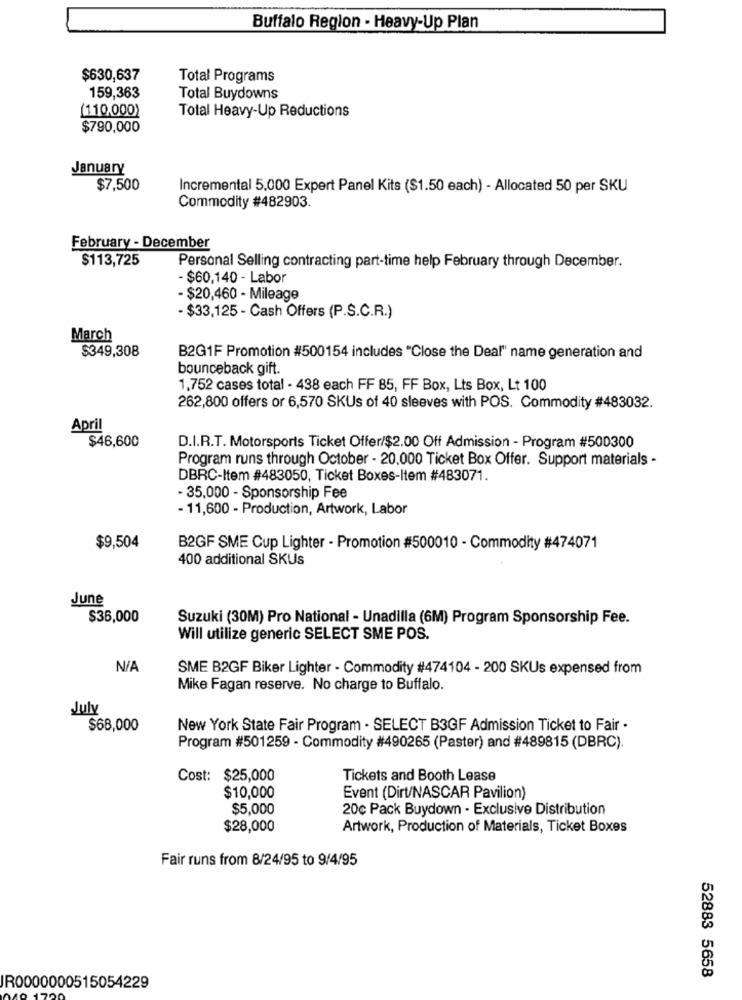
Buffalo Region - Heavy-Up Plan
$630,637
Total Programs
159,363
Total Buydowns
(110,000)
Total Heavy-Up Reductions
$790,000
January
$7,500
Incremental 5,000 Expert Panel Kits ($1.50 each) - Allocated 50 per SKU
Commodity #482903.
February - December
$113,725
Personal Selling contracting part-time help February through December.
- $60,140 - Labor
- $20,460 - Mileage
- $33,125 - Cash Offers (P.S.C.R.)
March
$349,308
B2G1F Promotion #500154 includes "Close the Deal" name generation and
bounceback gift.
1,752 cases total - 438 each FF 85, FF Box, Lts Box, Lt 100
262,800 offers or 6,570 SKUs of 40 sleeves with POS. Commodity #483032.
April
$46,600
D.I.R.T. Motorsports Ticket Offer/$2.00 Off Admission - Program #500300
Program runs through October - 20,000 Ticket Box Offer. Support materials -
DBRC-Item #483050, Ticket Boxes-Item #483071.
35,000 - Sponsorship Fee
- 11,600 - Production, Artwork, Labor
$9,504
B2GF SME Cup Lighter - Promotion #500010 - Commodity #474071
400 additional SKUs
June
$36,000
Suzuki (30M) Pro National - Unadilla (6M) Program Sponsorship Fee.
Will utilize generic SELECT SME POS.
SME B2GF Biker Lighter - Commodity #474104 - 200 SKUs expensed from
Mike Fagan reserve. No charge to Buffalo.
July
$68,000
New York State Fair Program - SELECT B3GF Admission Ticket to Fair .
Program #501259 - Commodity #490265 (Paster) and #489815 (DBRC).
Cost: $25,000
Tickets and Booth Lease
$10,000
Event (Dirt/NASCAR Pavilion)
$5,000
20c Pack Buydown - Exclusive Distribution
$28,000
Artwork, Production of Materials, Ticket Boxes
Fair runs from 8/24/95 to 9/4/95
52883 5658
JR0000000515054229